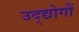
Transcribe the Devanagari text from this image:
उद्द्योगों